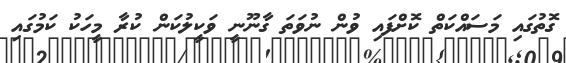
ގޮތުގައި މަސައްކަތް ކޮށްފައި ވުން ނުވަތަ ގާނޫނީ ވަކީލުކަން ކުރާ މީހަކު ކަމުގައި